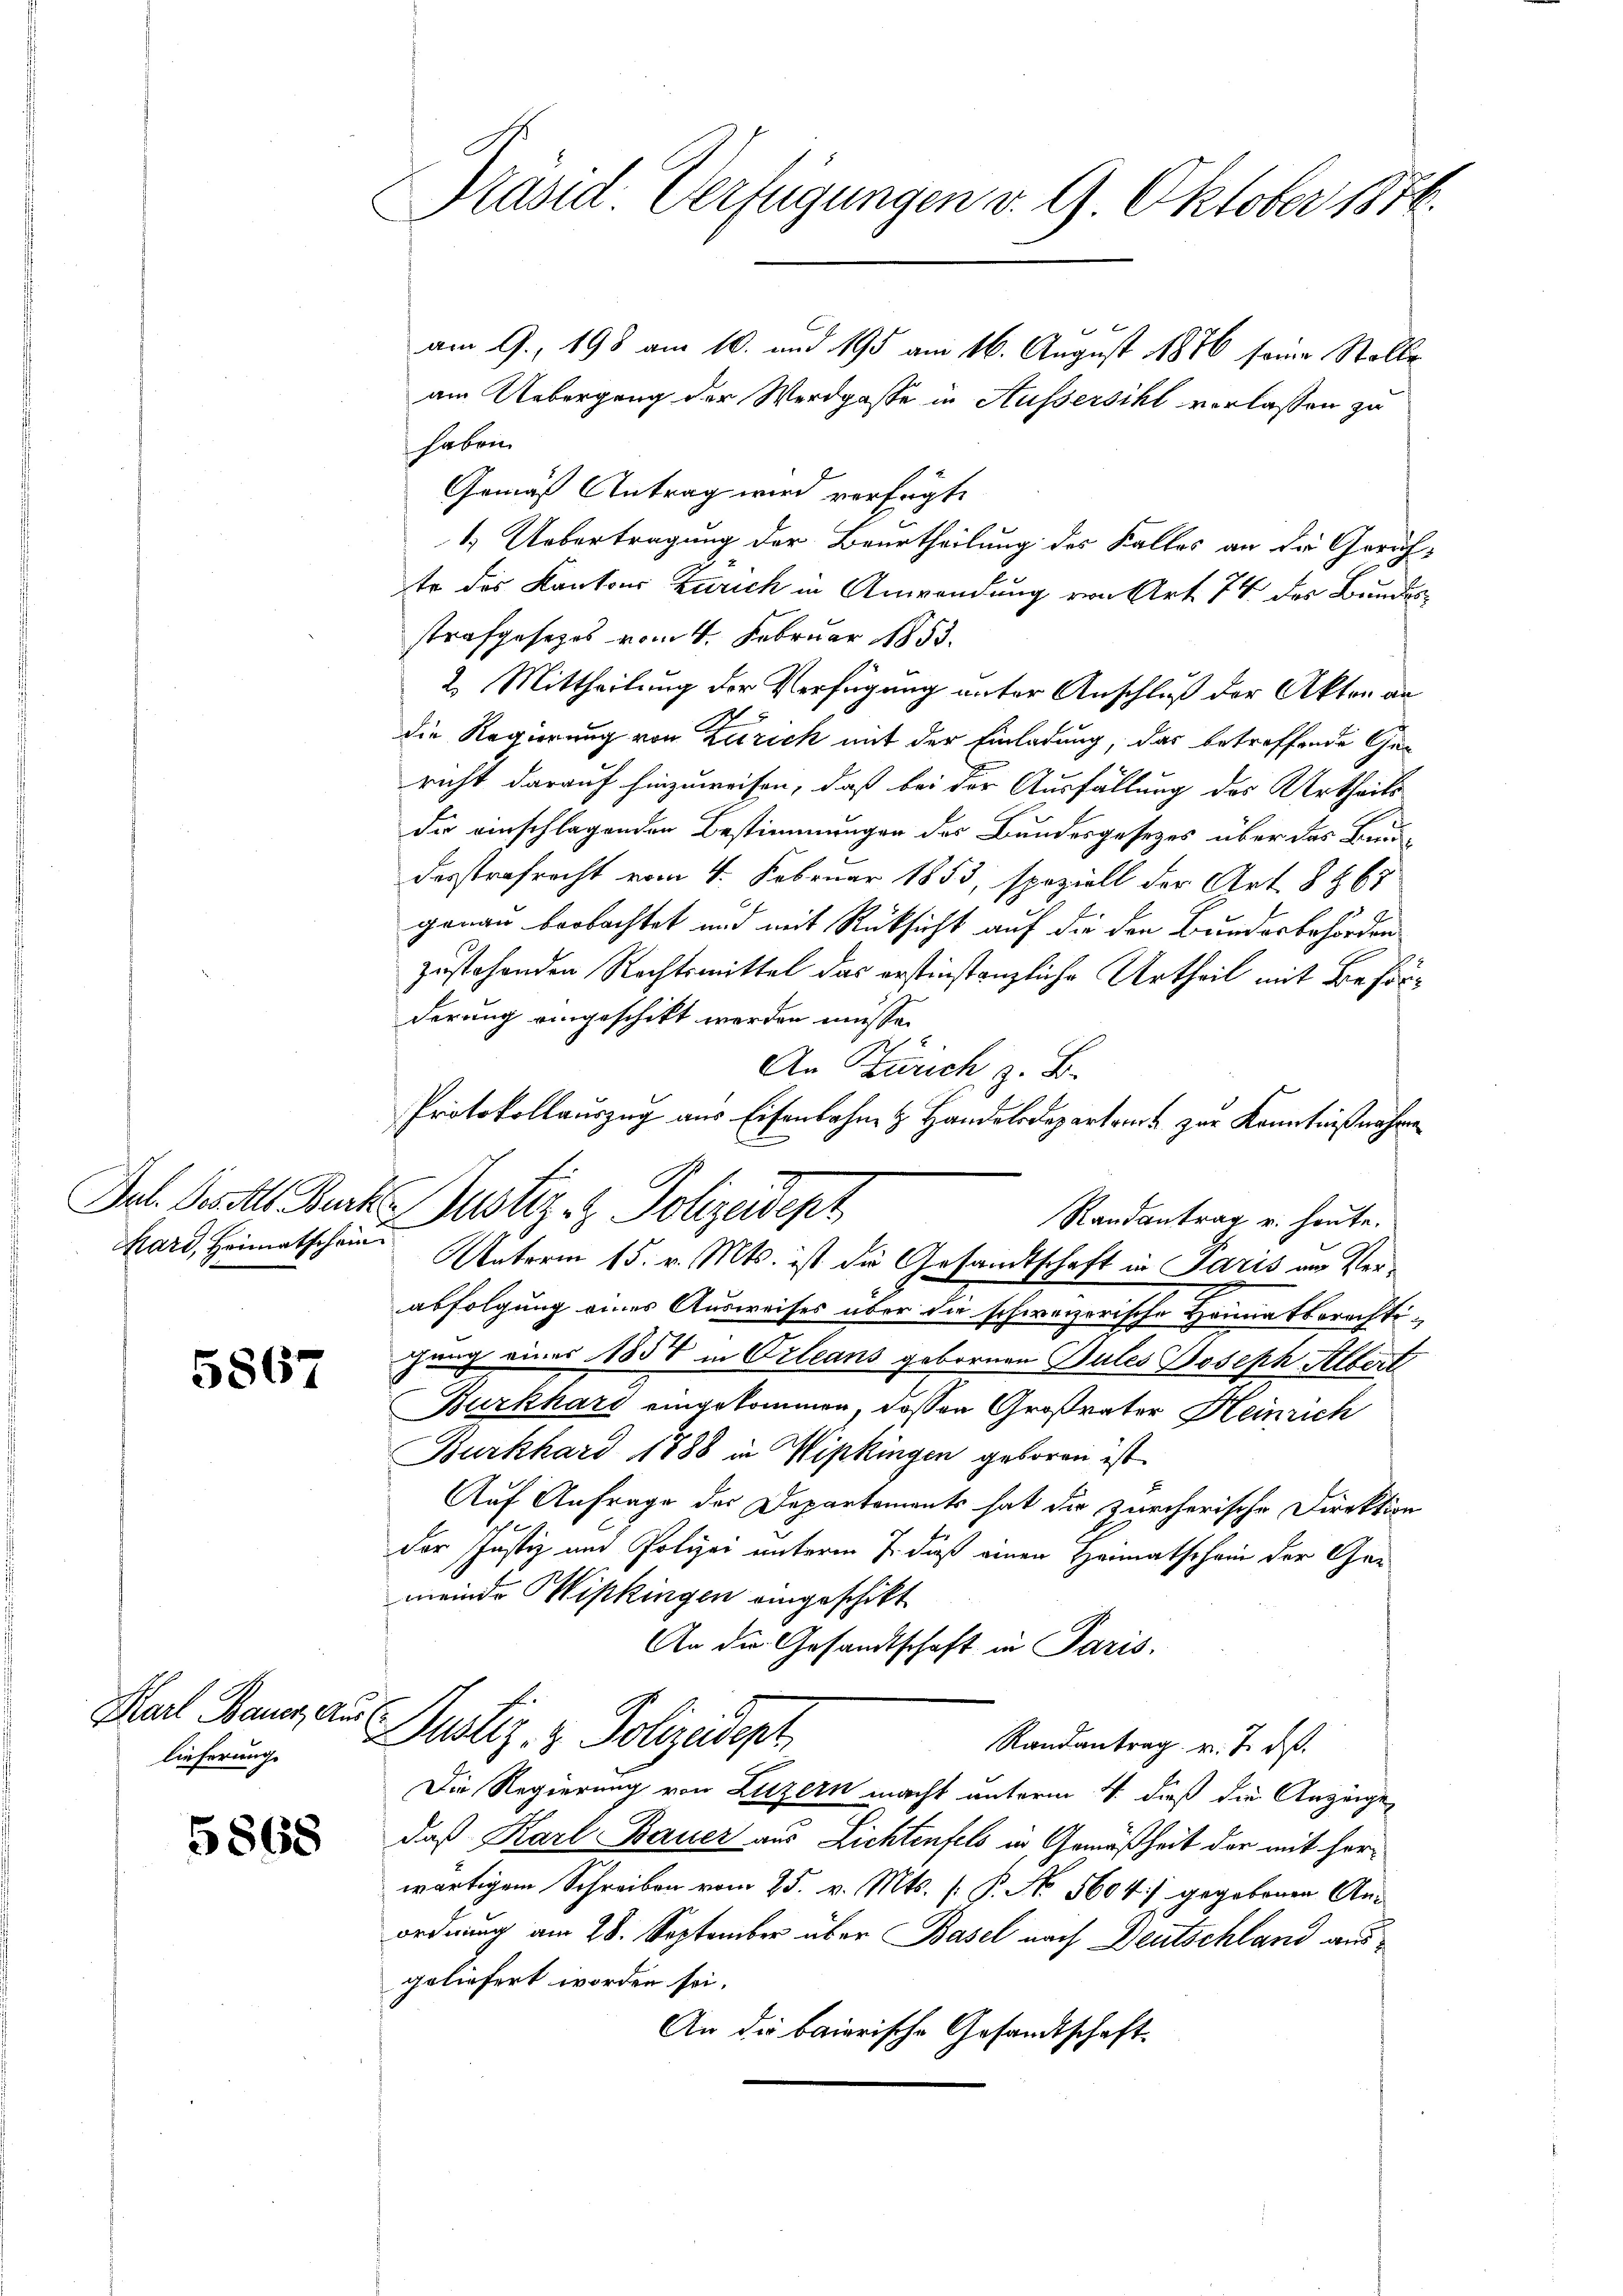
5867

Karl Bauer Ausl
lieferung.

5868

Präsid. Verfügungen v. 9. Oktober 1876.

2
am 9. 198 am 10. und 195 am 16. August 1876 seine Stalle
am Uebergang der Werdgasse in Aussersihl verlassen zu
habrei
Gemäß Antrag wird verfügte
1.) Uebertragung der Beurtheilung des Kalles an die Gerichte des Kantons Zürich in Anwendung von Art 74 des Bundesstrafgesezes vom 4. Februar 1883.
2. Mittheilung der Verfügung unter Anschluß der Akten an
die Regierung von Zürich mit der Einladung, das betreffende Gericht darauf hinzuweisen, daß bei der Ausfällung des Urtheils
die einschlagenden Bestimmungen des Bundesgesetzes über das Baudesstrafrecht vom 4. Februar 1853, speziell der Art. 8 867
ganau beobachtet und mit Rücksicht auf die den Bundesbehörden
zustehenden Rechtsmittel das erstinstanzliche Urtheil mit Beförderung eingeschikt werden müsse.
An Bruch z. B.
Protokollauszug aus Eisenbahn & Handelsdepartant zur Kenntnißnahme
.
Randantrag u. heute.
hard, Heimatschein Unterm 15. v. Mts. ist die Gesandtschaft in Paris um Verabfolgung eines Ausweises über die schweizerische Heimatsprächtigang eines 1857 in Orleans gebornen Bules Joseph Albert
Burkhard eingekommen, dassen Großvater Heinrich
Burkhard 1888 in Wipkingen geboren ist.
Auf Anfrage des Departements hat die zürcherische Direktion
der Justiz und Polizei unterm 7. dieß einen Heimatschain der Garmeinde Wipkingen eingeschikt
An die Gesandtschaft in Paris.
Justiz- & Polizeident
Randantrag v. 7. ds.
Die Regierung von Luzern macht unterm 4. daß die Anzeigen
daß Karl Bauer aus Lichtenfels in Gemäßheit der mit herwärtigem Schreiben vom 25. v. Mts. [: P. No. 5604) gegebenen An-
ordnung am 28. September über Basel nach Deutschland ausgeliefert worden sei.
An die baierische Gesandtschaft

Jal. Gesatt Burk. Justiz- & Polizeidept